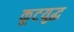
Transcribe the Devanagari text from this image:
कूटयुद्ध